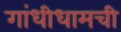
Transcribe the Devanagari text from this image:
गांधीधामची